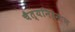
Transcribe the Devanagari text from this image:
चैत्यनिर्माण